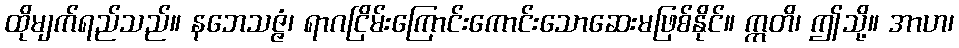
ထိုမျက်ရည်သည်။ နဘေသဇ္ဇံ၊ ရာဂငြိမ်းကြောင်းကောင်းသောဆေးမဖြစ်နိုင်။ ဣတိ၊ ဤသို့။ အာဟ၊